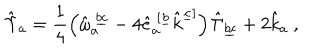
LaTeX: \hat { \Upsilon } _ { a } = \frac { 1 } { 4 } \left( \hat { \omega } _ { a } ^ { \ \underline { { { b c } } } } - 4 \hat { e } _ { a } ^ { \ [ \underline { { { b } } } } \hat { k } ^ { \underline { { { c } } } ] } \right) \hat { \Gamma } _ { \underline { { { b c } } } } + 2 \hat { k } _ { a } \ ,